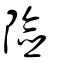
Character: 險